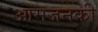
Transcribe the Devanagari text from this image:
आमजनकी